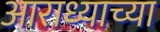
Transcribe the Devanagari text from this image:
आराध्याच्या